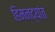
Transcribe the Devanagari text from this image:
हिमनद्यांत